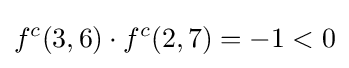
f^{c}(3,6)\cdot f^{c}(2,7)=-1<0